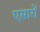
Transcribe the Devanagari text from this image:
एसारों